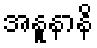
အနူနာနိ